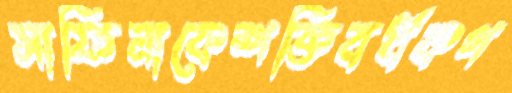
সাফিনাকেশক্তিবর্ধকগ